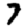
Digit: 7